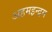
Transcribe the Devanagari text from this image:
अहमइन्द्रम